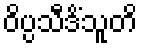
ဝိပ္ပသီဒိံသူတိ